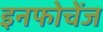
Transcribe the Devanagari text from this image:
इनफोचेंज